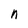
Character: n